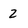
Character: 2